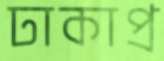
ঢাকাপ্র